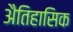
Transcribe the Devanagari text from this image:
अैतिहासिक